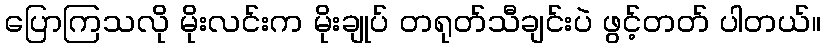
ပြောကြသလို မိုးလင်းက မိုးချုပ် တရုတ်သီချင်းပဲ ဖွင့်တတ် ပါတယ်။